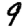
Digit: 9